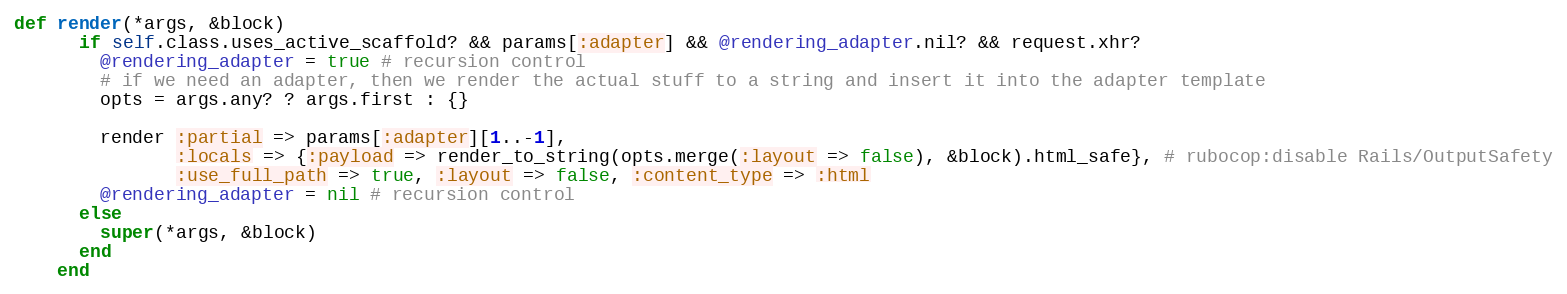
Language: Ruby
def render(*args, &block)
      if self.class.uses_active_scaffold? && params[:adapter] && @rendering_adapter.nil? && request.xhr?
        @rendering_adapter = true # recursion control
        # if we need an adapter, then we render the actual stuff to a string and insert it into the adapter template
        opts = args.any? ? args.first : {}

        render :partial => params[:adapter][1..-1],
               :locals => {:payload => render_to_string(opts.merge(:layout => false), &block).html_safe}, # rubocop:disable Rails/OutputSafety
               :use_full_path => true, :layout => false, :content_type => :html
        @rendering_adapter = nil # recursion control
      else
        super(*args, &block)
      end
    end